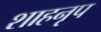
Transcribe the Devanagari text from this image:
शाहनृप